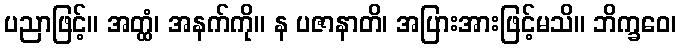
ပညာဖြင့်။ အတ္ထံ၊ အနက်ကို။ န ပဇာနာတိ၊ အပြားအားဖြင့်မသိ။ ဘိက္ခဝေ၊